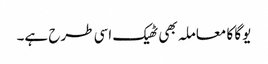
یوگا کا معاملہ بھی ٹھیک اسی طرح ہے۔